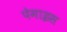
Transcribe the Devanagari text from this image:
पेमाइस